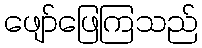
ဖျော်ဖြေကြသည်